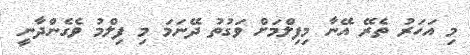
މި އަހަރު ތެރޭ އޭނާ މިފިލްމަށް ވަގުތު ދޭނަމަ މި ފިލްމު ވެގެންދާނީ